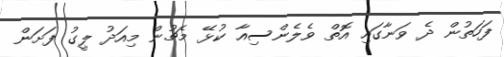
ފަހަތުން ދެ ވަނާގައި އޮތް ވެލެންސިއާ ކުޅޭ މެޗުން މިއަދު ލީގު ފަށަން